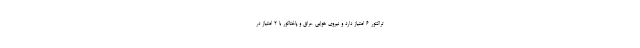
تراکتور 6 امتیاز دارد و نیروی هوایی عراق و پاختاکور با 2 امتیاز در